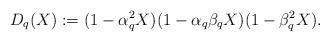
LaTeX: \begin{align*}D_q(X):=(1-\alpha_q^2X)(1-\alpha_q \beta_q X)(1-\beta_q^2 X).\end{align*}